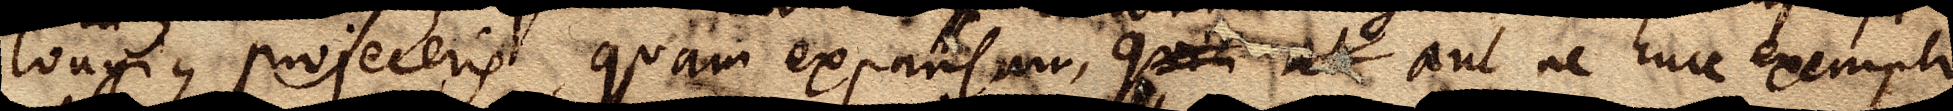
longius projeceris, quam expansam, quia xx aut ne huic exemplo